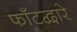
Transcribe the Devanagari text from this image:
फाँटद्वारे